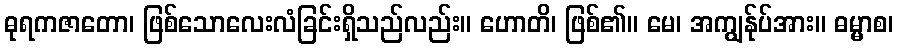
ဓုရကဇာတော၊ ဖြစ်သောလေးလံခြင်းရှိသည်လည်း။ ဟောတိ၊ ဖြစ်၏။ မေ၊ အကျွန်ုပ်အား။ ဓမ္မာစ၊